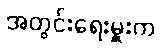
အတွင်းရေးမှူးက